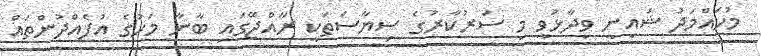
މުހައްމަދު ޝައިނީ ވިދާޅުވީ މި ސަރުކާރުގެ ސިޔާސަތަކީ ރާއްޖޭގައި ބާނާ މަހުގެ އުފެއްދުންތައް